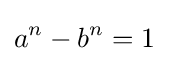
a^{n}-b^{n}=1